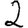
Digit: 2